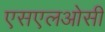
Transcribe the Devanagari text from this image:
एसएलओसी